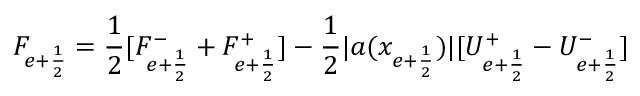
F _ { e + \frac { 1 } { 2 } } = \frac { 1 } { 2 } [ F _ { e + \frac { 1 } { 2 } } ^ { - } + F _ { e + \frac { 1 } { 2 } } ^ { + } ] - \frac { 1 } { 2 } | a ( x _ { e + \frac { 1 } { 2 } } ) | [ U _ { e + \frac { 1 } { 2 } } ^ { + } - U _ { e + \frac { 1 } { 2 } } ^ { - } ]